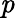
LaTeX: \mathit{p}